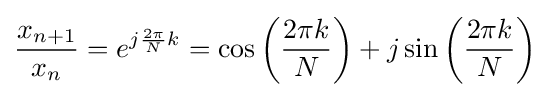
{\frac {x_{n+1}}{x_{n}}}=e^{j{\frac {2\pi }{N}}k}=\cos \left({\frac {2\pi k}{N}}\right)+j\sin \left({\frac {2\pi k}{N}}\right)